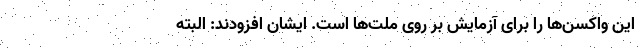
این واکسن‌ها را برای آزمایش بر روی ملت‌ها است. ایشان افزودند: البته